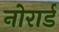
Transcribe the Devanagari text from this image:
नोरार्ड